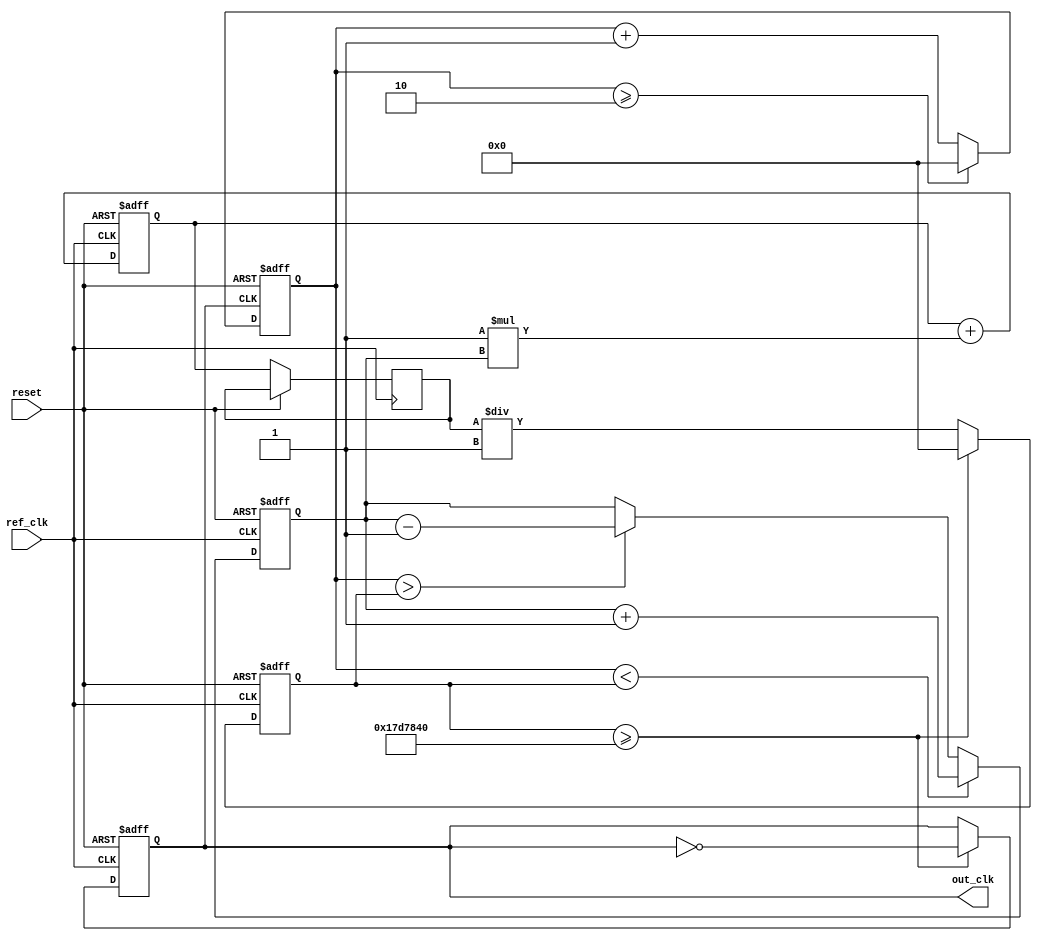
module parameterized_PLL #(
    parameter REFERENCE_FREQ = 50_000_000, // Reference clock frequency in Hz
    parameter OUTPUT_FREQ = 100_000_000,    // Desired output clock frequency in Hz
    parameter DIVISION_RATIO = OUTPUT_FREQ / REFERENCE_FREQ, // Feedback division ratio
    parameter LOOP_FILTER_GAIN = 1,          // Proportional gain for loop filter
    parameter VCO_SENSITIVITY = 1            // VCO sensitivity
)(
    input wire ref_clk,                       // Reference clock input
    input wire reset,                         // Reset signal
    output reg out_clk                        // Output clock
);

    // Internal signals
    reg [31:0] phase_error;                   // Phase error signal
    reg [31:0] control_voltage;                // Control voltage for VCO
    reg [31:0] vco_counter;                    // VCO counter
    reg [31:0] feedback_counter;               // Feedback counter
    reg [31:0] loop_filter_output;             // Output of the loop filter

    // Phase Detector (PD)
    always @(posedge ref_clk or posedge reset) begin
        if (reset) begin
            phase_error <= 0;
        end else begin
            // Simple phase detector logic (PFD)
            if (feedback_counter < vco_counter) begin
                phase_error <= phase_error + 1; // Phase leads
            end else if (feedback_counter > vco_counter) begin
                phase_error <= phase_error - 1; // Phase lags
            end
        end
    end

    // Loop Filter (LF)
    always @(posedge ref_clk or posedge reset) begin
        if (reset) begin
            loop_filter_output <= 0;
        end else begin
            // Simple first-order loop filter
            loop_filter_output <= loop_filter_output + (LOOP_FILTER_GAIN * phase_error);
            control_voltage <= loop_filter_output;
        end
    end

    // Voltage-Controlled Oscillator (VCO)
    always @(posedge ref_clk or posedge reset) begin
        if (reset) begin
            vco_counter <= 0;
            out_clk <= 0;
        end else begin
            // VCO frequency control based on control voltage
            vco_counter <= (control_voltage / VCO_SENSITIVITY);
            if (vco_counter >= (REFERENCE_FREQ / DIVISION_RATIO)) begin
                out_clk <= ~out_clk; // Toggle output clock
                vco_counter <= 0; // Reset VCO counter
            end
        end
    end

    // Feedback Divider
    always @(posedge out_clk or posedge reset) begin
        if (reset) begin
            feedback_counter <= 0;
        end else begin
            feedback_counter <= feedback_counter + 1;
            if (feedback_counter >= DIVISION_RATIO) begin
                feedback_counter <= 0; // Reset feedback counter
            end
        end
    end

endmodule